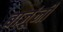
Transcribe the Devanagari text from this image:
बाजूंनीं